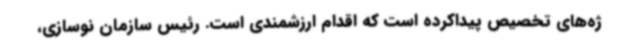
ژه‌های تخصیص پیداکرده است که اقدام ارزشمندی است. رئیس سازمان نوسازی،